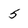
Character: 5